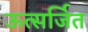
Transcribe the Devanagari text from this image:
ऊत्सर्जित